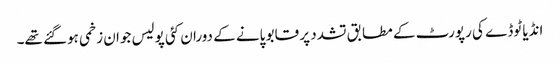
انڈیا ٹوڈے کی رپورٹ کے مطابق تشدد پر قابو پانے کے دوران کئی پولیس جوان زخمی ہوگئے تھے۔